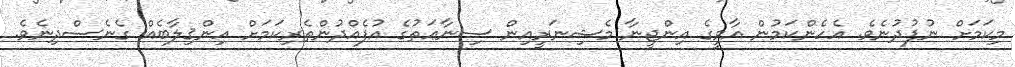
މިކަމަށް ނުފުދުނެވެ. އެހެންކަމުން އާވީގެ އިންޖީނާ މެޝިނަރީއިން ސިނާޢަތުގެ އުފެއްދުންތެރިކަމަށް އިންޤިލާބެއް ގެނެސްދިނެވެ.